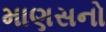
માણસનો